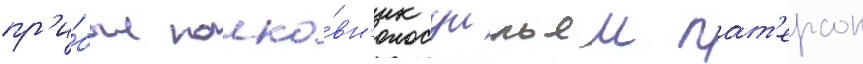
пр'и́был полко́вн'ик уильям пат'ерсон